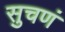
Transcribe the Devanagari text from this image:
सुचणं